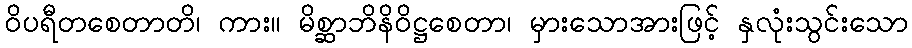
ဝိပရီတစေတာတိ၊ ကား။ မိစ္ဆာဘိနိဝိဋ္ဌစေတာ၊ မှားသောအားဖြင့် နှလုံးသွင်းသော